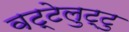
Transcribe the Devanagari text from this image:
वट्टेलुट्टु